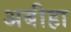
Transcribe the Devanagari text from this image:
अबीहा